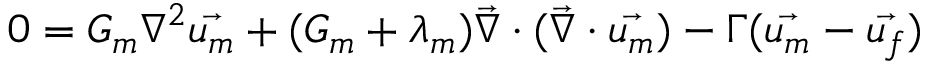
0 = G _ { m } \nabla ^ { 2 } \vec { u _ { m } } + ( G _ { m } + \lambda _ { m } ) \vec { \nabla } \cdot ( \vec { \nabla } \cdot \vec { u _ { m } } ) - \Gamma ( \vec { u _ { m } } - \vec { u _ { f } } )